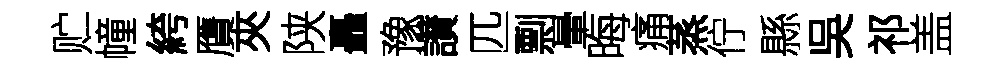
贮幢絝贋夾陕矗豫讃匹剽暈晦痛蒸佇縣吳祁盖